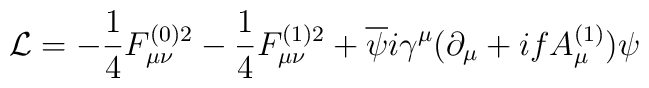
{\cal L}=-\frac{1}{4}F_{\mu\nu}^{(0)2}-\frac{1}{4}F_{\mu\nu}^{(1)2}+\overline{\psi}i\gamma^{\mu}(\partial_{\mu}+ifA_{\mu}^{(1)})\psi